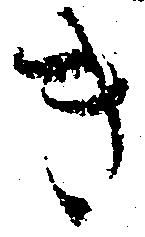
き